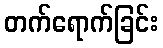
တက်ရောက်ခြင်း